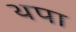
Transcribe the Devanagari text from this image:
थपा